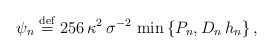
\begin{align*}\psi _{n}\stackrel{\rm def}{=}256\,\kappa ^{2}\,\sigma ^{-2}\,\min \left\{P_{n},D_{n}\,h_{n}\right\} , \end{align*}